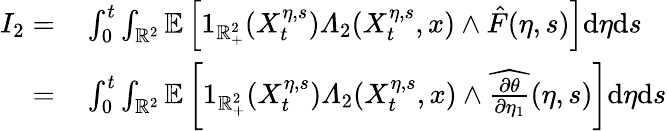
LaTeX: \begin{array}{rl}{I_{2}=}&{{}\int_{0}^{t}\int_{\mathbb{R}^{2}}\mathbb{E}\left[1_{\mathbb{R}_{+}^{2}}(X_{t}^{\eta,s})\varLambda_{2}(X_{t}^{\eta,s},x)\wedge\hat{F}(\eta,s)\right]\mathrm{d}\eta\mathrm{d}s}\\ {=}&{{}\int_{0}^{t}\int_{\mathbb{R}^{2}}\mathbb{E}\left[1_{\mathbb{R}_{+}^{2}}(X_{t}^{\eta,s})\varLambda_{2}(X_{t}^{\eta,s},x)\wedge\widehat{\frac{\partial\theta}{\partial\eta_{1}}}(\eta,s)\right]\mathrm{d}\eta\mathrm{d}s}\end{array}